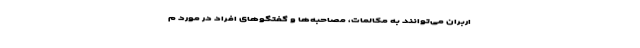
اربران می‌توانند به مکالمات، مصاحبه‌ها و گفتگوهای افراد در مورد م